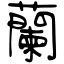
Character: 蘭